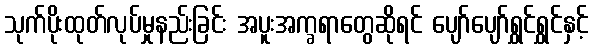
သုက်ပိုးထုတ်လုပ်မှုနည်းခြင်း အပူးအက္ခရာတွေဆိုရင် ပျော်ပျော်ရွှင်ရွှင်နှင့်